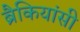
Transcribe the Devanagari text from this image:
ब्रैकियांसी